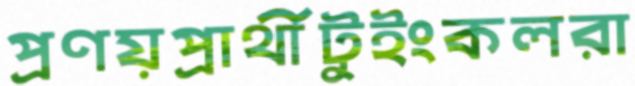
প্রণয়প্রার্থীটুইংকলরা